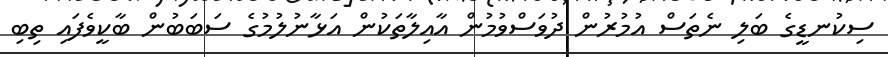
ސިކުނޑީގެ ބަލި ނެތަސް އުމުރުން ދުވަސްވުމުން އާއިލާތަކުން އަޅާނުލުމުގެ ސަބަބުން ބާކީވެފައި ތިބި